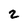
Character: 2